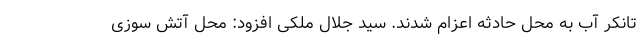
تانکر آب به محل حادثه اعزام شدند. سید جلال ملکی افزود: محل آتش سوزی